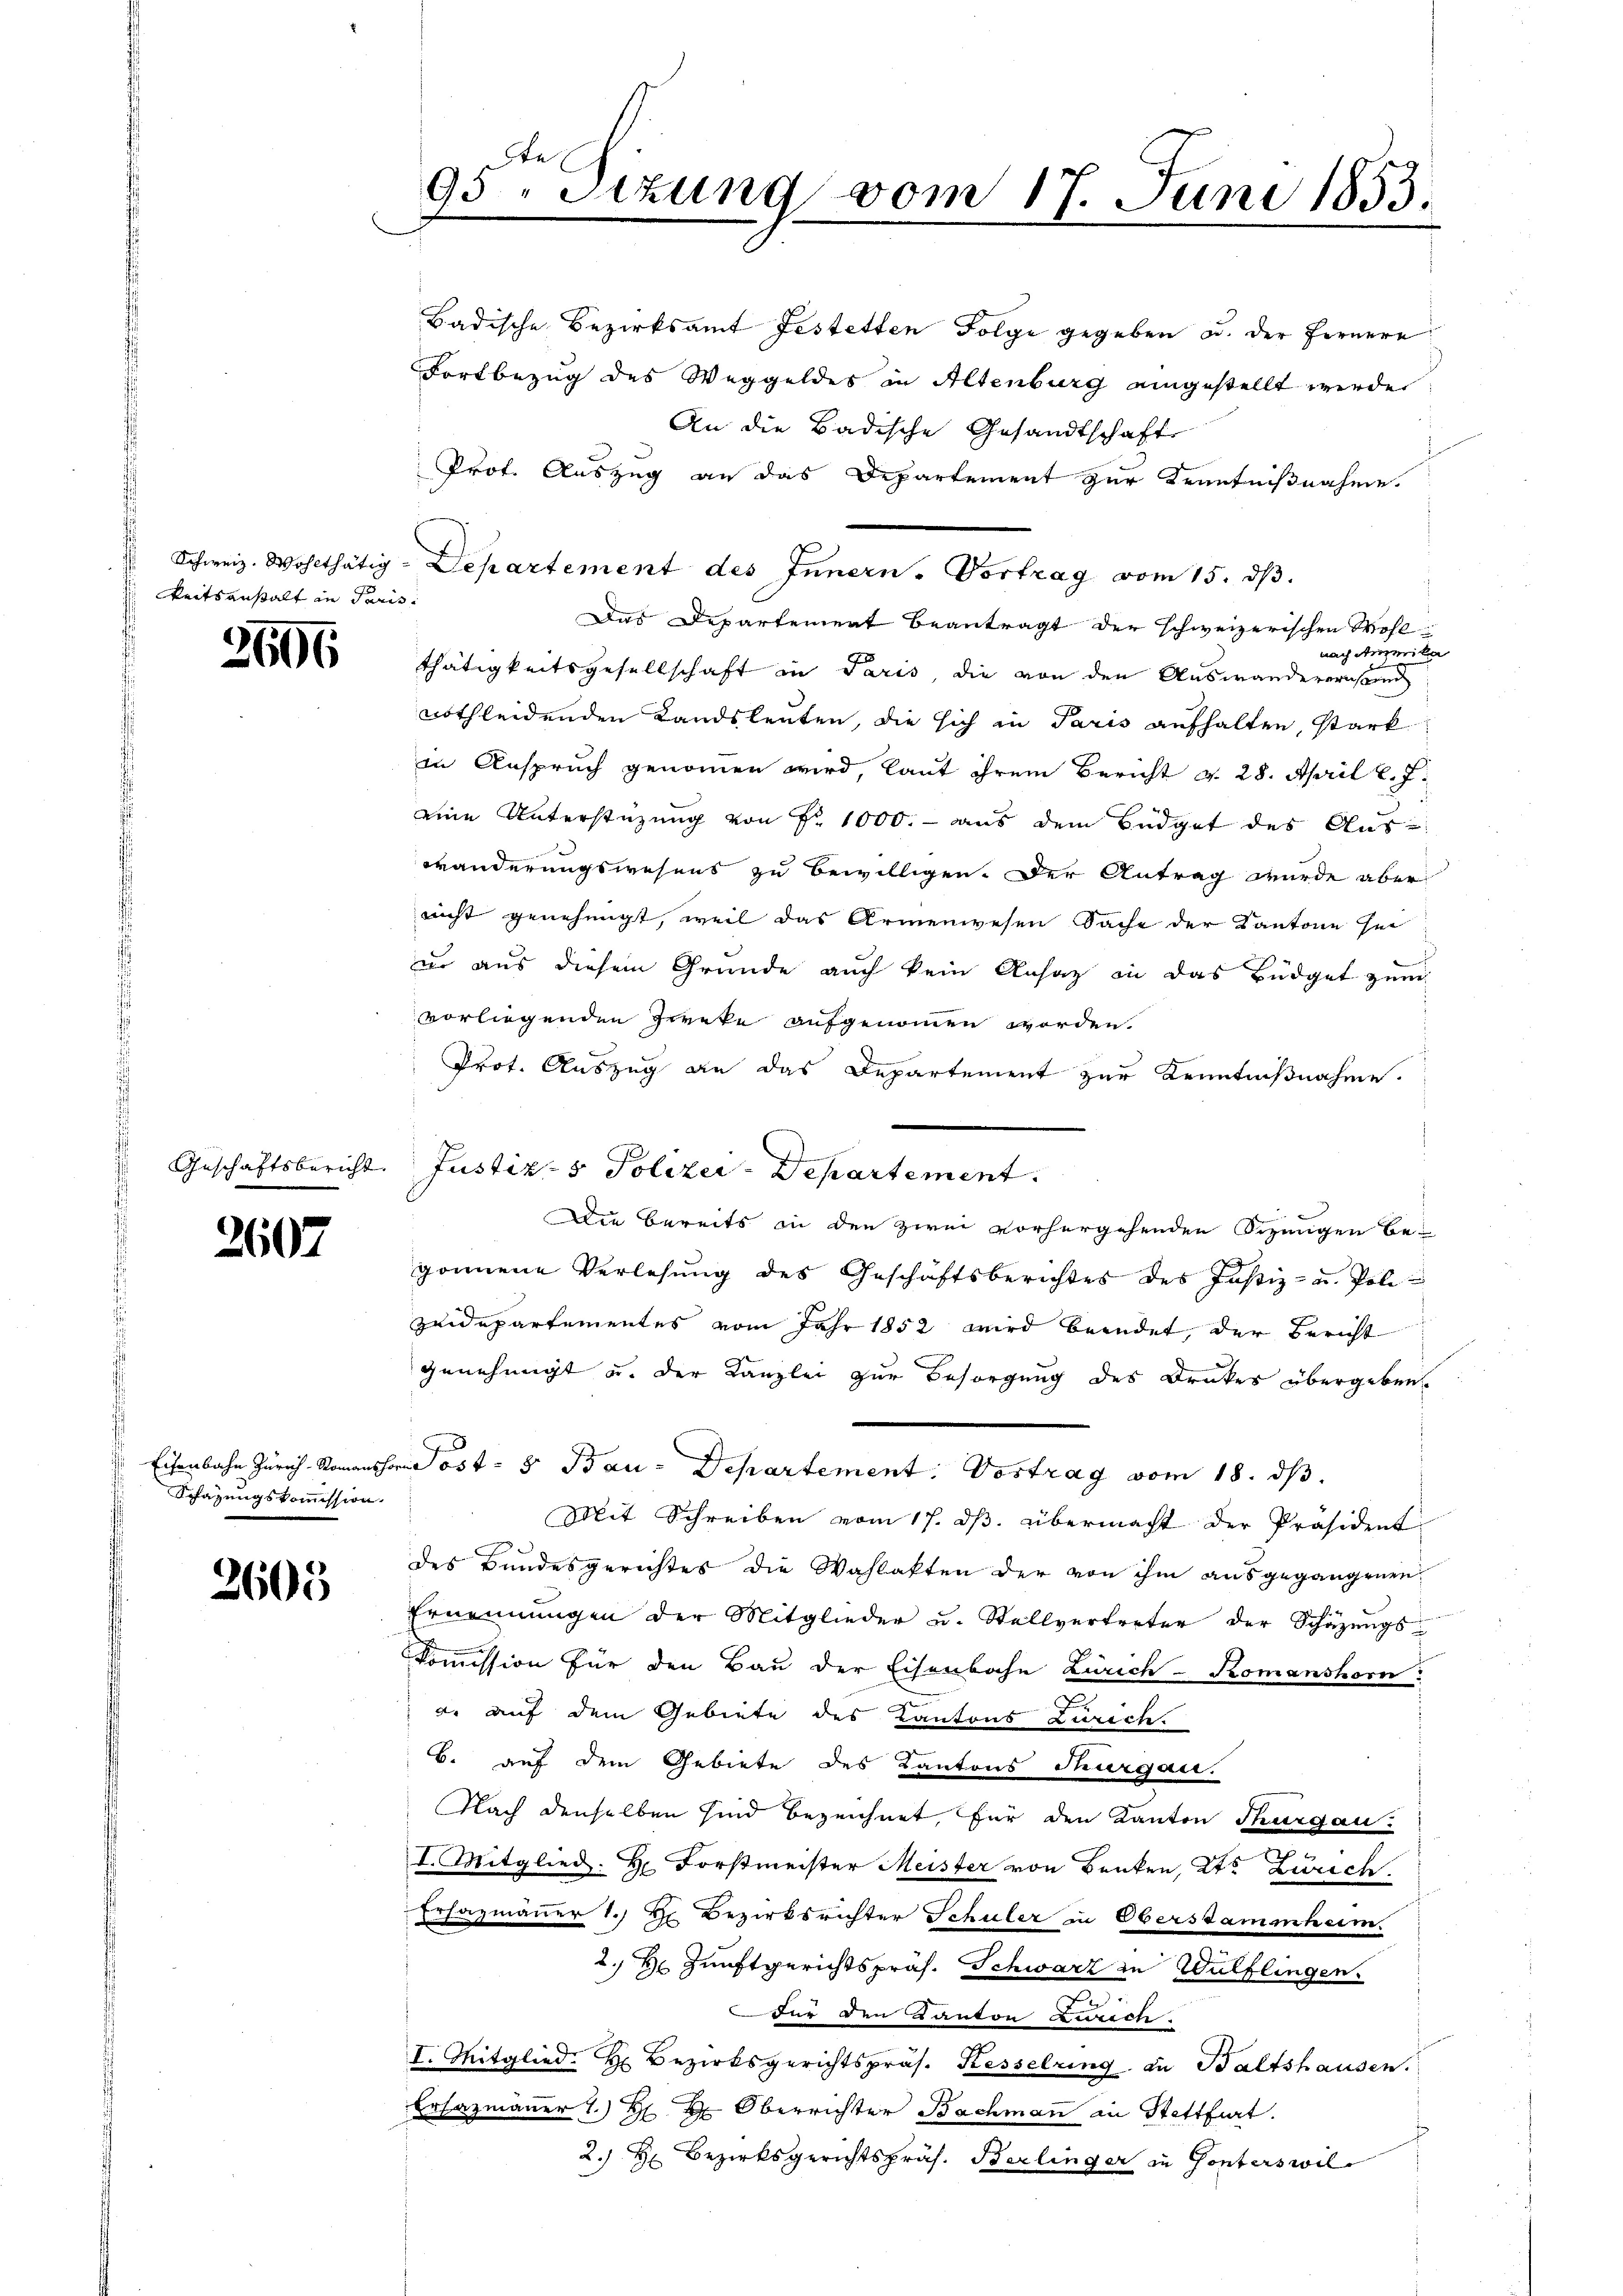
keitsanstalt in Paris

3606

2607

Eisenbahn Zürich - Romans
Schazungskommission.

2605

95ten Sizung vom 17. Juni 1853.

Badische Bezirksamt Festetten Folge gegeben u. der Fernere
Fortbezug des Weggeldes in Altenburg eingestellt werden
An die Badische Gesandtschafts
Prof. Auszug an das Departement zur Kenntnißnahme
Schweiz. Wohlthätig-Departement des Innern. Vortrag vom 15. dβ.
Das Departement Beantragt der schweizerischen Wohlnach Ausmita
thätigkeitsgesellschaft in Paris, die von den Auswanderersend
nothleidenden Landsleuten, die sich in Paris aufhalten, stark
in Anspruch genommen wird, laut ihrem Bericht d. 28. April l. J.
eine Unterstüzung von Nr. 1000.- aus dem Büdget des Auswänderungswesens zu bewilligen. Der Antrag wurde aber
nicht genehmigt, weil das Armenwesen Sache der Kantone sei
ur aus diesem Grunde auch kein Ansatz in das Büdget zum
vorliegenden Zweke aufgenommen worden.
Prot. Auszug an das Departement zur Kenntnißnahme.
Geschäftsbericht. Justiz- & Polizei-Departement.
Die bereits in den zwei vorhergehenden Sizungen be-
gonnene Verlesung des Geschäftsberichtes des Justiz- u. Polizuidepartementes vom Jahr 1852 wird beendet, der Bericht
genehmigt u. der Kanzlei zur Besorgung des Drakes übergeben
bei Post- & Bau-Departement: Vortrag vom 18. dβ.
Mit Schreiben vom 17. dβ übermacht der Präsident
des Bundesgerichtes die Wahlakten der von ihm ausgegangenen
Ernennungen der Mitglieder u. Stellvertreter der Schazungs-
kommission für den Bau der Eisenbahn Zürich-Romanshorn
a. auf dem Gebiete des Kantons Zürich
B. auf dem Gebiete des Kantons Thurgau.
Nach denselben sind bezeichnet, für den Kanton Thurgau.
I. Mitglied: H. Forstmeister Meister von Benken, Kt. Zurech
Erfazmänner 1.) Hr. Bezirksrichter Schuler in Oberstammheim.
2.) Hr. Zunftgerichtspräs. Schwarz in Wülflingen.
Für den Kanton Zürich
I. Mitglied. H. Bezirksgerichtspräs. Kesselring an Baltshausen.
Ersatzmauer 1.) Oberrichter Bachmann in Stattfert.
2. H. Bezirksgerichtspräs. Berlinger in Gonterswil